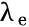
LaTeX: \uplambda_{\mathrm{e}}